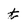
Character: t